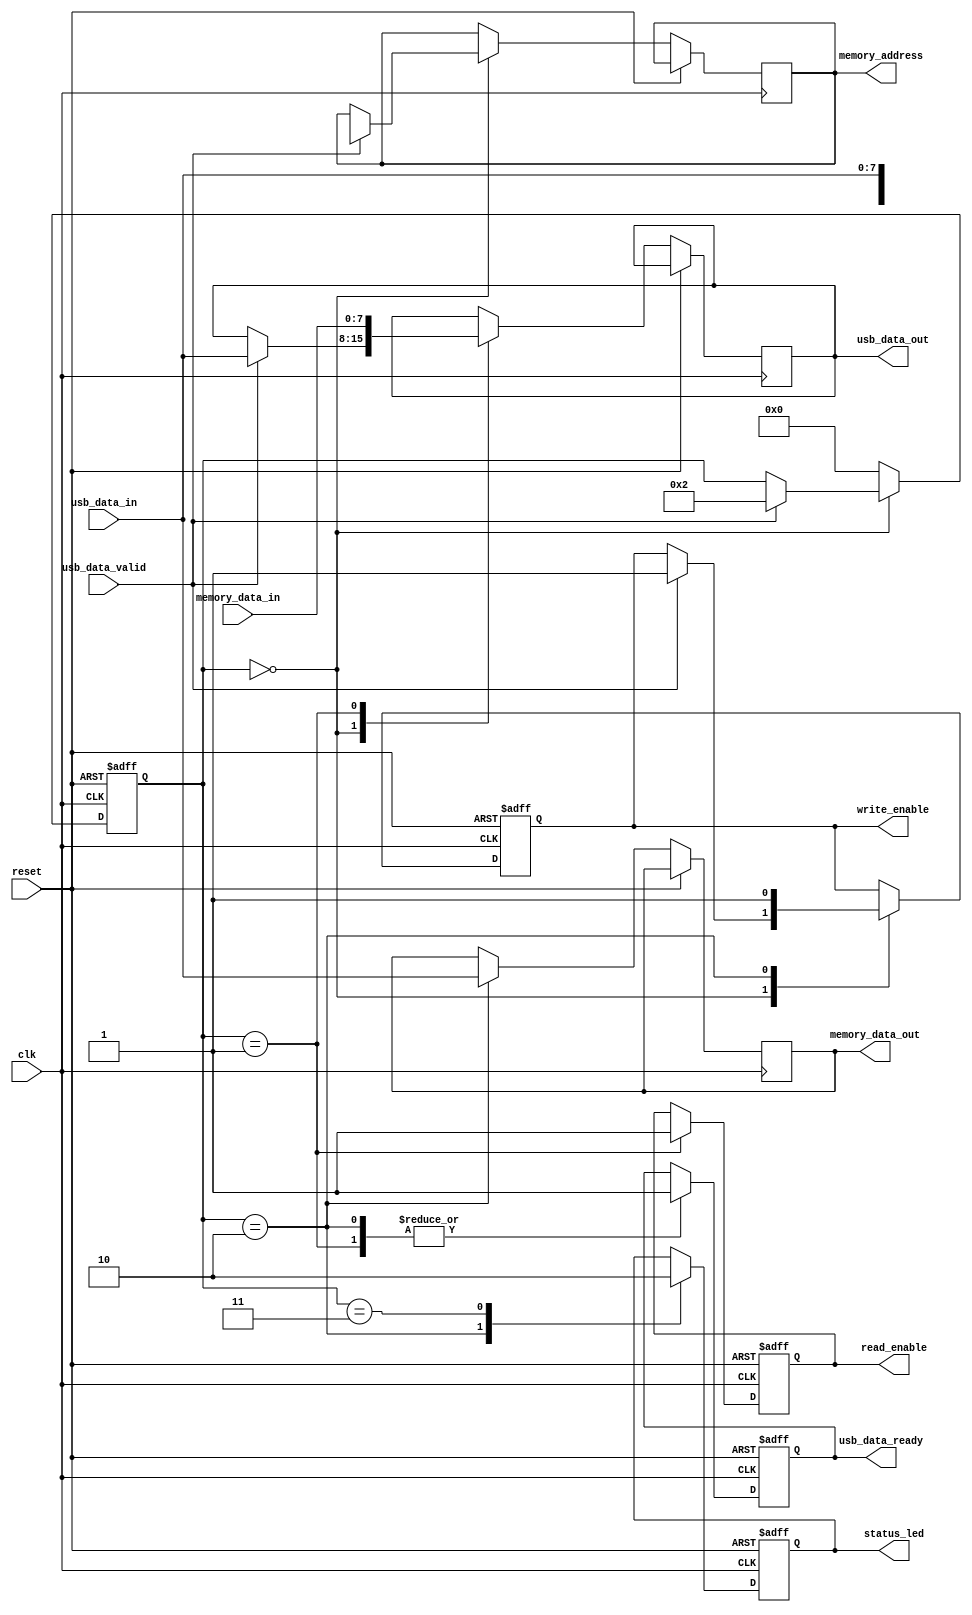
module USB_Flash_Drive (
    input wire clk,
    input wire reset,
    input wire [7:0] usb_data_in,     // Serial data from USB interface
    input wire usb_data_valid,         // Data valid signal
    output reg [7:0] usb_data_out,     // Data to USB interface
    output reg usb_data_ready,         // Data ready signal
    output reg read_enable,            // Control signal for memory read
    output reg write_enable,           // Control signal for memory write
    output reg [15:0] memory_address,  // Address for memory operations
    output reg [7:0] memory_data_out,  // Data to memory
    input wire [7:0] memory_data_in,   // Data from memory
    output reg status_led               // Status indicator
);

// Internal state for control logic
reg [3:0] state;
localparam IDLE = 0, READ = 1, WRITE = 2, ERROR = 3;

// State machine for control logic
always @(posedge clk or posedge reset) begin
    if (reset) begin
        state <= IDLE;
        usb_data_ready <= 0;
        read_enable <= 0;
        write_enable <= 0;
        status_led <= 0;
    end else begin
        case (state)
            IDLE: begin
                if (usb_data_valid) begin
                    // Sample data and determine operation
                    usb_data_out <= usb_data_in;
                    memory_address <= usb_data_in[15:0]; // Assuming address is part of the data
                    write_enable <= 1;  // Set write enable for example
                    state <= WRITE;     // Transition to WRITE state
                end
            end
            
            WRITE: begin
                memory_data_out <= usb_data_in; // Prepare data to write
                write_enable <= 1; // Enable writing to memory
                usb_data_ready <= 1; // Indicate data is ready
                status_led <= 1; // Activate status indicator
                state <= IDLE; // Go back to IDLE
            end

            READ: begin
                read_enable <= 1; // Enable reading from memory
                usb_data_out <= memory_data_in; // Read data from memory
                usb_data_ready <= 1; // Indicate data is ready
                state <= IDLE; // Go back to IDLE
            end
            
            ERROR: begin
                // Handle error condition
                status_led <= 0; // Turn off status indicator
                state <= IDLE; // Go back to IDLE
            end

            default: state <= IDLE; // Safe default
        endcase
    end
end

endmodule